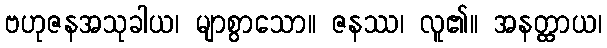
ဗဟုဇနအသုခါယ၊ မျာစွာသော။ ဇနဿ၊ လူ၏။ အနတ္ထာယ၊